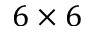
6 \times 6